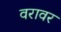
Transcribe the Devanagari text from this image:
वरावर